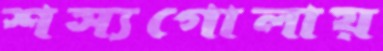
শস্যগোলায়